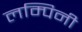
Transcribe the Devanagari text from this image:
लम्पिनी